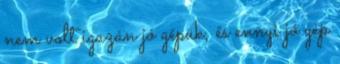
nem volt igazán jó gépük, és ennyi jó gép